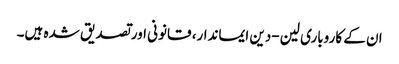
ان کے کاروباری لین-دین ایماندار، قانونی اور تصدیق شدہ ہیں۔